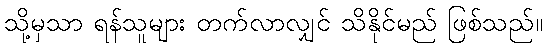
သို့မှသာ ရန်သူများ တက်လာလျှင် သိနိုင်မည် ဖြစ်သည်။